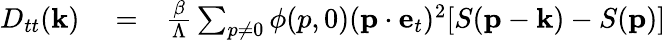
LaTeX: \begin{array}{rlr}{D_{tt}({\mathbf k})}&{{}=}&{\frac{\beta}{\Lambda}\sum_{p\neq 0}\phi(p,0)({\mathbf p}\cdot{\mathbf e}_{t})^{2}[S({\mathbf p}-{\mathbf k})-S({\mathbf p})]}\end{array}